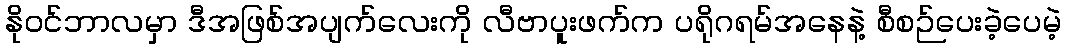
နိုဝင်ဘာလမှာ ဒီအဖြစ်အပျက်လေးကို လီဗာပူးဖက်က ပရိုဂရမ်အနေနဲ့ စီစဉ်ပေးခဲ့ပေမဲ့